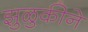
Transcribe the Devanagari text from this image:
झुळुकीने